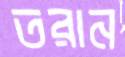
তরান